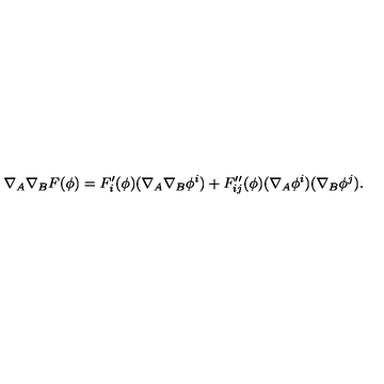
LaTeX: \nabla _ { A } \nabla _ { B } F ( \phi ) = F _ { i } ^ { \prime } ( \phi ) ( \nabla _ { A } \nabla _ { B } \phi ^ { i } ) + F _ { i j } ^ { \prime \prime } ( \phi ) ( \nabla _ { A } \phi ^ { i } ) ( \nabla _ { B } \phi ^ { j } ) .